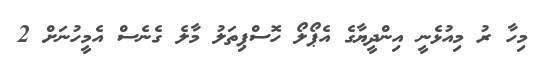
މިހާ ރު މިއުޅެނީ އިންދީޔާގެ އެޕޯލޯ ހޮސްޕިތަލު މާލެ ގެނެސް އެމީހުނަށް 2